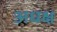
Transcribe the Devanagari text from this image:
अधक्ष